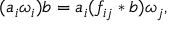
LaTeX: ( a _ { i } \omega _ { i } ) b = a _ { i } ( f _ { i j } \ast b ) \omega _ { j } ,